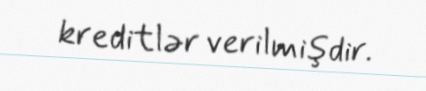
kreditlər verilmişdir.